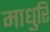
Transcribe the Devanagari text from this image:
माधुरि